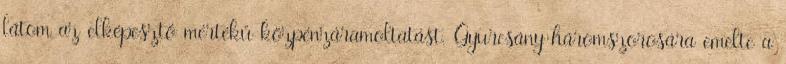
látom az elképesztő mértékű közpénzáramoltatást. Gyurcsány háromszorosára emelte a